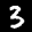
Label: 3